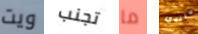
ويت تجنب ما داندي